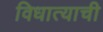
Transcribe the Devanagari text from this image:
विधात्याची